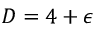
D = 4 + \epsilon